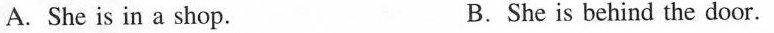
A. She is in a shop. B. She is behind the door.